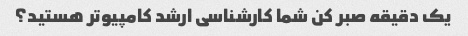
یک دقیقه صبر کن شما کارشناسی ارشد کامپیوتر هستید؟